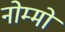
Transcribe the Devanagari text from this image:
नोम्मो